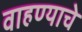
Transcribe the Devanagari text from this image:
वाहण्याचे